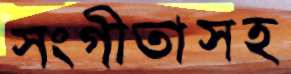
সংগীতাসহ